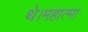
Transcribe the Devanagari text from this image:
थे।महात्मा